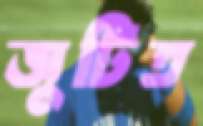
জুটিত